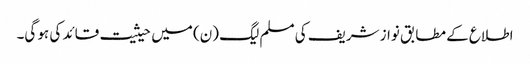
اطلاع کے مطابق نواز شریف کی مسلم لیگ (ن) میں حیثیت قائد کی ہو گی۔